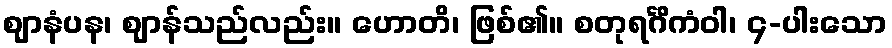
ဈာနံပန၊ ဈာန်သည်လည်း။ ဟောတိ၊ ဖြစ်၏။ စတုရင်္ဂိကံဝါ၊ ၄-ပါးသော